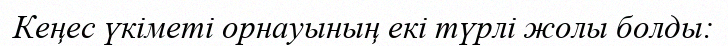
Кеңес үкіметі орнауының екі түрлі жолы болды: